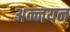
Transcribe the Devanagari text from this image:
अन्नयन